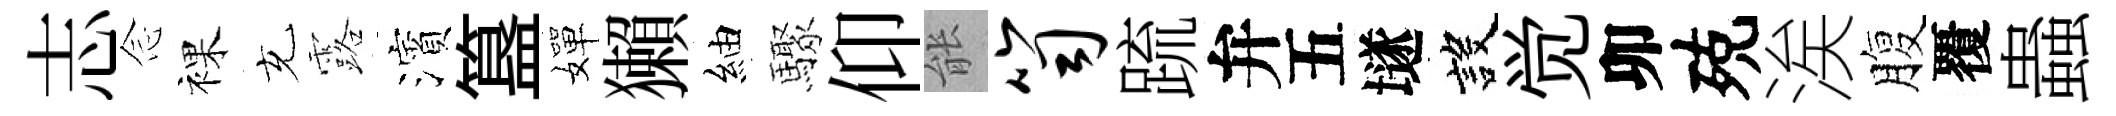
志𫝹裸充露濱簋嬋獺紬驟仰䏻笥䟽弁五𡑞設觉卯殑涘腹覆蟲